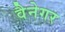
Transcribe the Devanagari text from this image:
वैनेगर